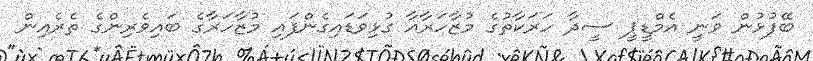
ބޭފުޅުން ވަނީ އެމްޑީޕީ ސީދާ ހަރަކާތުގެ މުޒާހަރާއާ ގުޅިވަޑައިގެންފައި މުޒާހަރާގެ ބައިވެރިންގެ ތެރެއިން